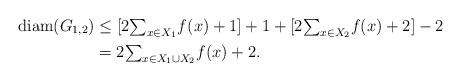
LaTeX: \begin{align*}\operatorname{diam}(G_{1,2}) & \leq\lbrack2{\textstyle\sum_{x\in X_{1}}}f(x)+1]+1+[2{\textstyle\sum_{x\in X_{2}}}f(x)+2]-2\\& =2{\textstyle\sum_{x\in X_{1}\cup X_{2}}}f(x)+2.\end{align*}